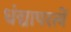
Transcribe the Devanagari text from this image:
धंद्यापरत्वें